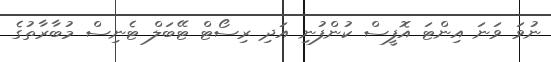
ނުވަ ވަނަ އިންޓަ އޮފީސް ކުންފުނި އަދި ރިސޯޓް ޓޭބަލް ޓެނިސް މުބާރާތުގެ